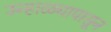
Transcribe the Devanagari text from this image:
उन्हाळ्यापासून